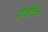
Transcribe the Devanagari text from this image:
मैक्कैन